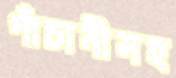
পাঁচানীসহ